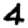
Digit: 4